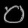
Digit: ၀